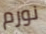
نورم